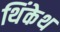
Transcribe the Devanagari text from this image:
थिंकेथ